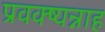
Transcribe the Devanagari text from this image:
प्रवक्ष्यन्नाह